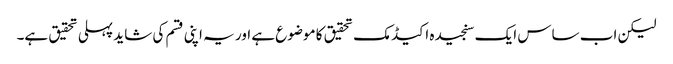
لیکن اب ساس ایک سنجیدہ اکیڈمک تحقیق کا موضوع ہے اور یہ اپنی قسم کی شاید پہلی تحقیق ہے۔